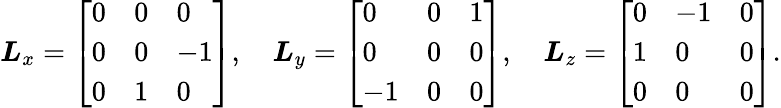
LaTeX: {\boldsymbol{L}}_{x}={\left[\begin{array}{lll}{0}&{0}&{0}\\ {0}&{0}&{-1}\\ {0}&{1}&{0}\end{array}\right]},\quad{\boldsymbol{L}}_{y}={\left[\begin{array}{lll}{0}&{0}&{1}\\ {0}&{0}&{0}\\ {-1}&{0}&{0}\end{array}\right]},\quad{\boldsymbol{L}}_{z}={\left[\begin{array}{lll}{0}&{-1}&{0}\\ {1}&{0}&{0}\\ {0}&{0}&{0}\end{array}\right]}.